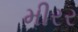
મીરર